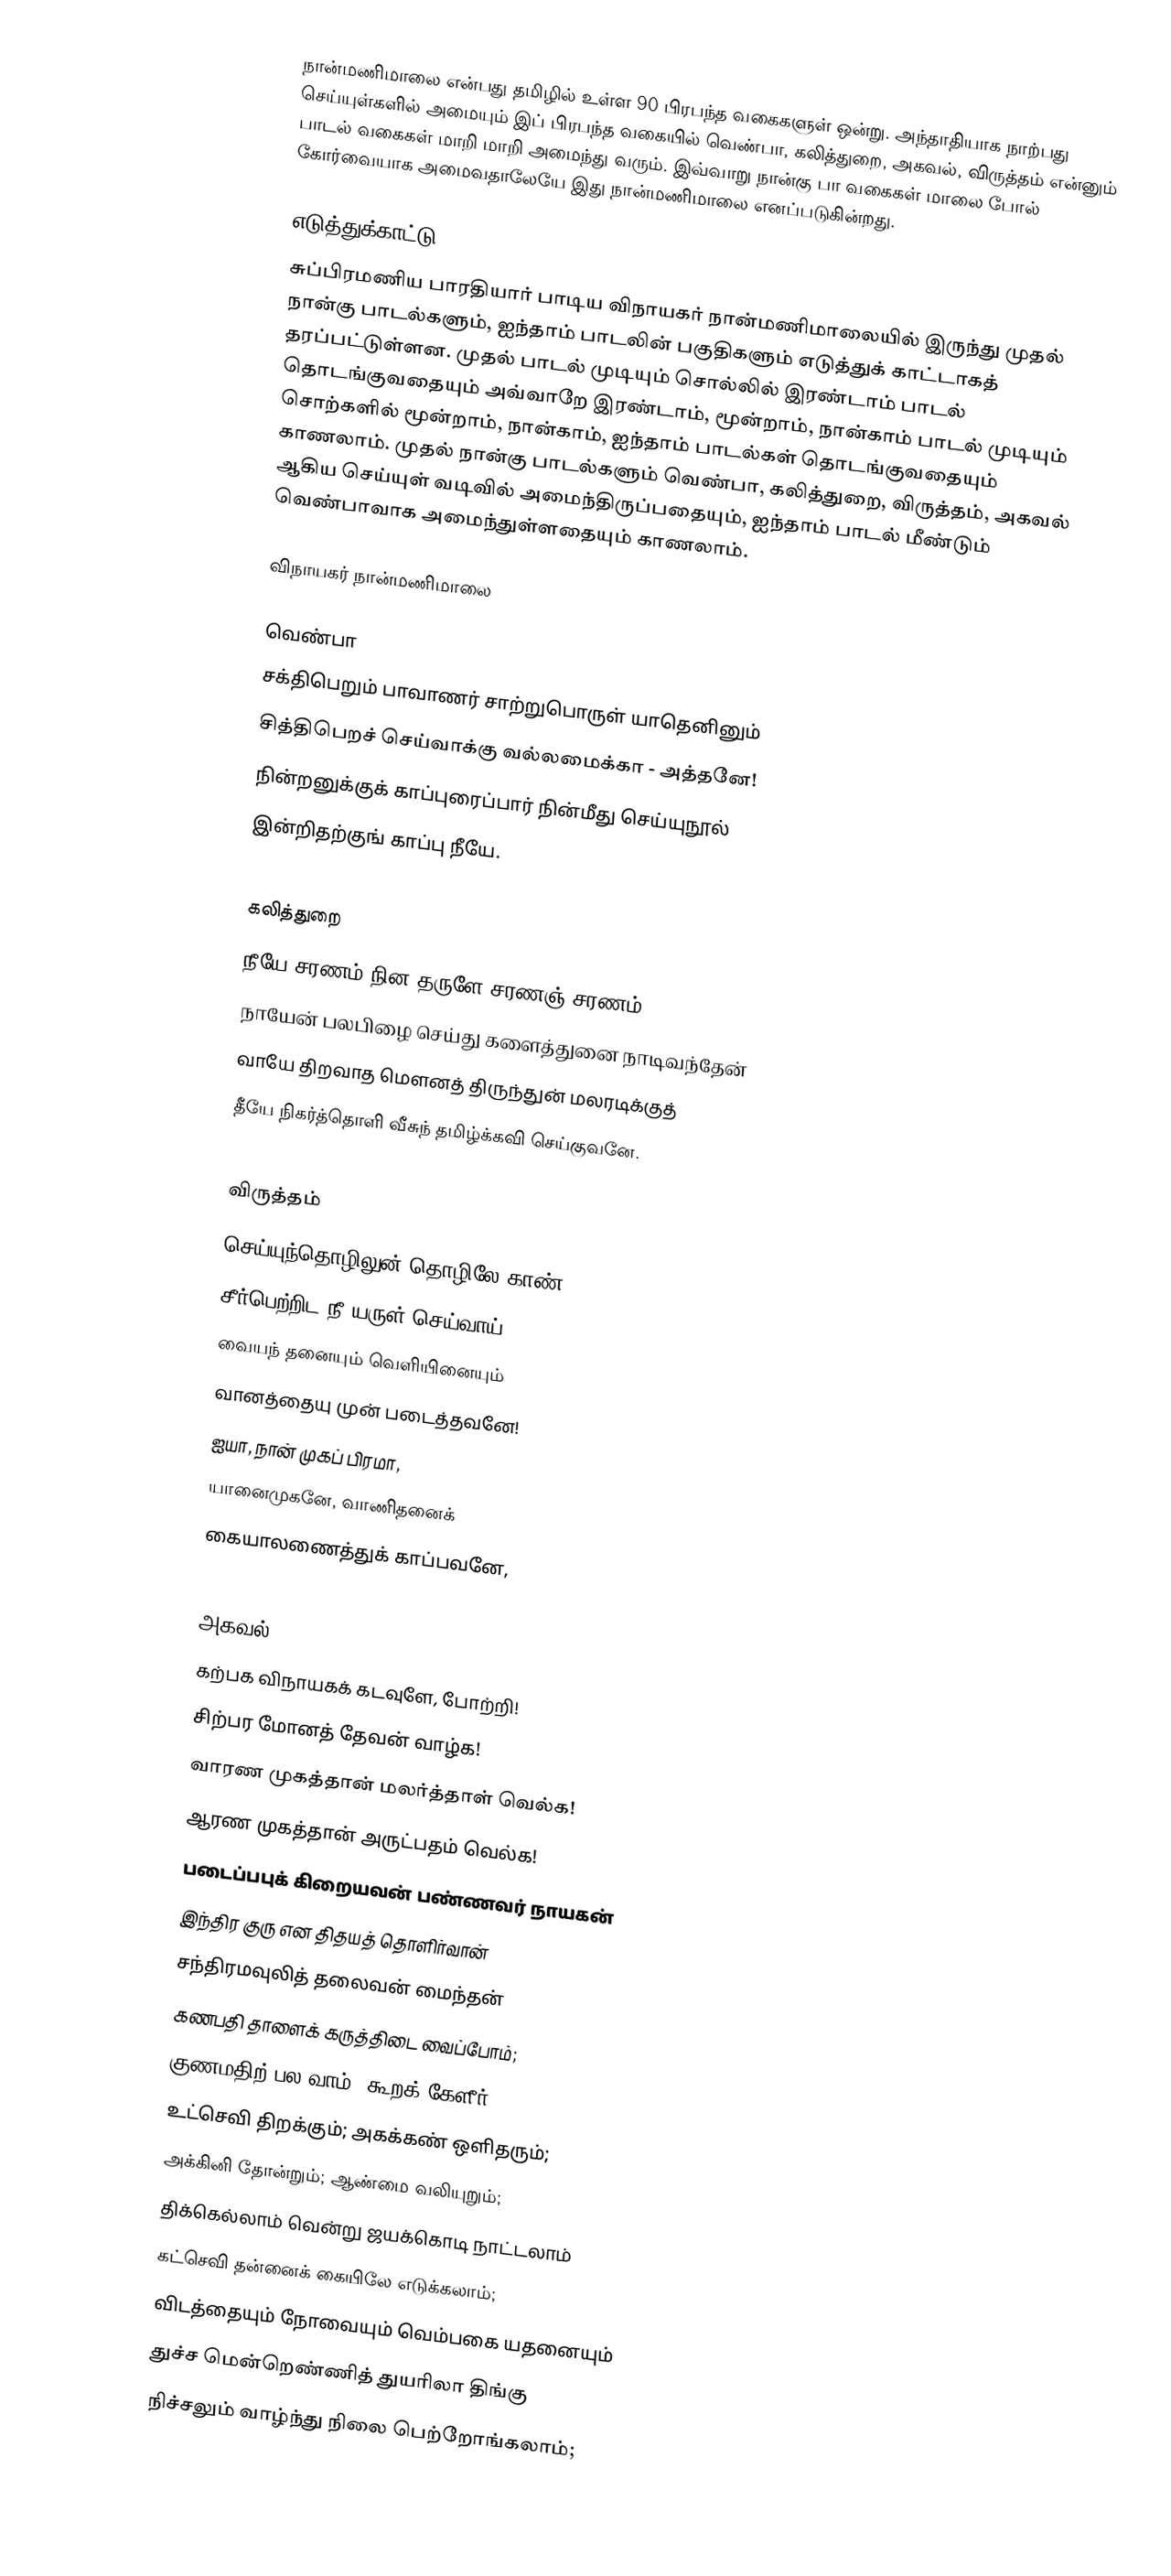
நான்மணிமாலை என்பது தமிழில் உள்ள 90 பிரபந்த வகைகளுள் ஒன்று. அந்தாதியாக நாற்பது செய்யுள்களில் அமையும் இப் பிரபந்த வகையில் வெண்பா, கலித்துறை, அகவல், விருத்தம் என்னும் பாடல் வகைகள் மாறி மாறி அமைந்து வரும். இவ்வாறு நான்கு பா வகைகள் மாலை போல் கோர்வையாக அமைவதாலேயே இது நான்மணிமாலை எனப்படுகின்றது.

எடுத்துக்காட்டு
சுப்பிரமணிய பாரதியார் பாடிய விநாயகர் நான்மணிமாலையில் இருந்து முதல் நான்கு பாடல்களும், ஐந்தாம் பாடலின் பகுதிகளும் எடுத்துக் காட்டாகத் தரப்பட்டுள்ளன. முதல் பாடல் முடியும் சொல்லில் இரண்டாம் பாடல் தொடங்குவதையும் அவ்வாறே இரண்டாம், மூன்றாம், நான்காம் பாடல் முடியும் சொற்களில் மூன்றாம், நான்காம், ஐந்தாம் பாடல்கள் தொடங்குவதையும் காணலாம். முதல் நான்கு பாடல்களும் வெண்பா, கலித்துறை, விருத்தம், அகவல் ஆகிய செய்யுள் வடிவில் அமைந்திருப்பதையும், ஐந்தாம் பாடல் மீண்டும் வெண்பாவாக அமைந்துள்ளதையும் காணலாம்.

விநாயகர் நான்மணிமாலை

வெண்பா
 சக்திபெறும் பாவாணர் சாற்றுபொருள் யாதெனினும்
 சித்திபெறச் செய்வாக்கு வல்லமைக்கா - அத்தனே!
 நின்றனுக்குக் காப்புரைப்பார் நின்மீது செய்யுநூல்
 இன்றிதற்குங் காப்பு நீயே.

கலித்துறை
 நீயே சரணம் நின தருளே சரணஞ் சரணம்
 நாயேன் பலபிழை செய்து களைத்துனை நாடிவந்தேன்
 வாயே திறவாத மௌனத் திருந்துன் மலரடிக்குத்
 தீயே நிகர்த்தொளி வீசுந் தமிழ்க்கவி செய்குவனே.

விருத்தம்
 செய்யுந்தொழிலுன் தொழிலே காண்;
 சீர்பெற்றிட நீ யருள் செய்வாய்,
 வையந் தனையும் வெளியினையும்
 வானத்தையு முன் படைத்தவனே!
 ஐயா, நான் முகப் பிரமா,
 யானைமுகனே, வாணிதனைக்
 கையாலணைத்துக் காப்பவனே,

அகவல்
 கற்பக விநாயகக் கடவுளே, போற்றி!
 சிற்பர மோனத் தேவன் வாழ்க!
 வாரண முகத்தான் மலர்த்தாள் வெல்க!
 ஆரண முகத்தான் அருட்பதம் வெல்க!
 படைப்பபுக் கிறையவன் பண்ணவர் நாயகன்
 இந்திர குரு என திதயத் தொளிர்வான்
 சந்திரமவுலித் தலைவன் மைந்தன்
 கணபதி தாளைக் கருத்திடை வைப்போம்;
 குணமதிற் பல வாம்; கூறக் கேளீர்;
 உட்செவி திறக்கும்; அகக்கண் ஒளிதரும்;
 அக்கினி தோன்றும்; ஆண்மை வலியுறும்;
 திக்கெல்லாம் வென்று ஜயக்கொடி நாட்டலாம்
 கட்செவி தன்னைக் கையிலே எடுக்கலாம்;
 விடத்தையும் நோவையும் வெம்பகை யதனையும்
 துச்ச மென்றெண்ணித் துயரிலா திங்கு
 நிச்சலும் வாழ்ந்து நிலை பெற்றோங்கலாம்;